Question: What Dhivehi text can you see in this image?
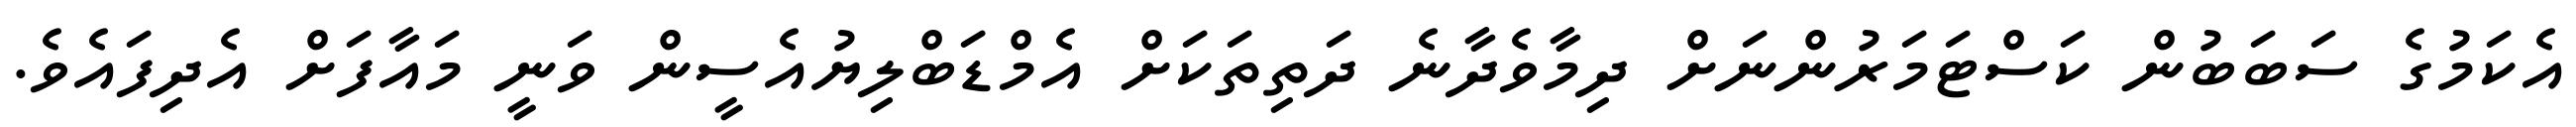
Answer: އެކަމުގެ ސަބަބުން ކަސްޓަމަރުންނަށް ދިމާވެދާނެ ދަތިތަކަށް އެމްޑަބްލިޔުއެސީން ވަނީ މައާފަށް އެދިފައެވެ.